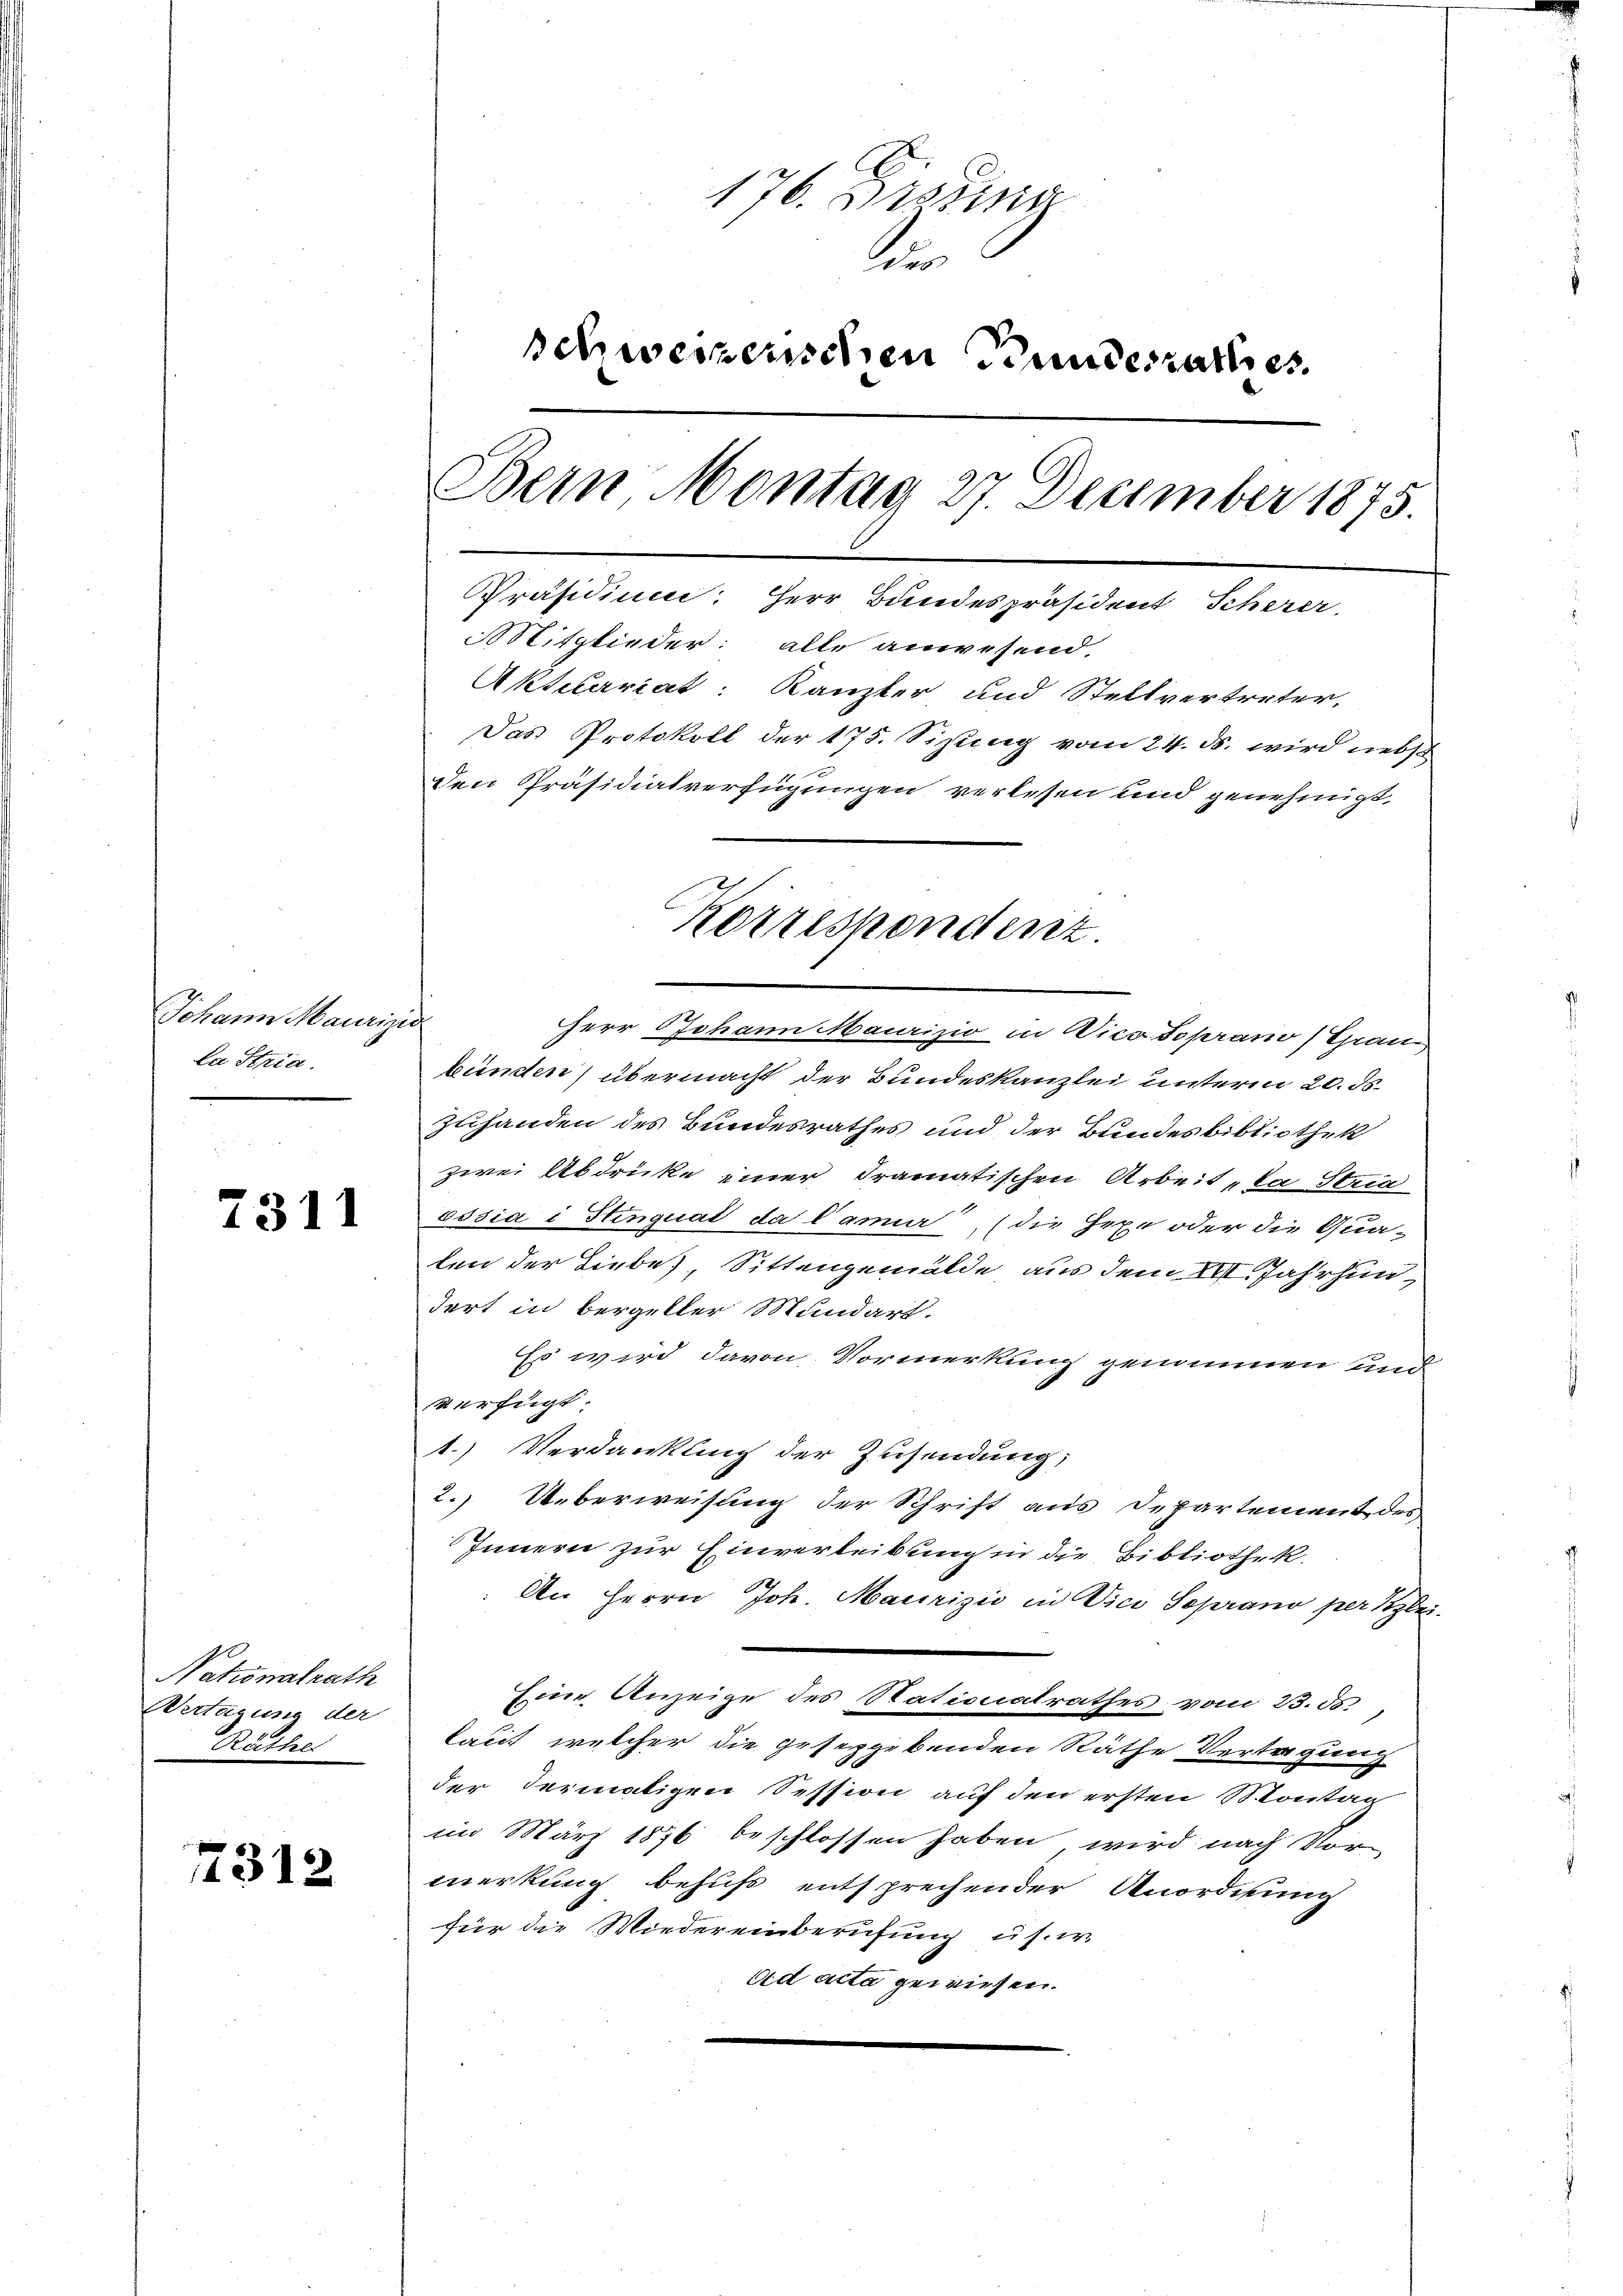
Johann Maurizio
La Stria.

2311

Nationalrath
Vertagung der
Räthe

7312

176. Dissa
di
schweizerischen Bundesrathes.
Bern Montag 27. December 1875.
Präsidium: Herr Bundespräsident Scherer.
Mitglieder: alle anwesend
Aktecariat: Kanzler und Stellvertreter,
Das Protokoll der 175. Sizung vom 24. ds. wird nebst
x
den Präsidiatverfügungen verlesen und genehmigt,

bünden) übermacht der Bundeskanzlei unterm 20. ds.
Zuhanden des Bundesrathes und der Bundesbibliothek
zwei Abdrücke einer dramatischen Arbeit la Stria
sssia i Stinquat da Camia (die Gexe oder die Qua-
ten der Liebes, Sittengemälde aus dem XII Jahrhun
dert in bergeller Mundart.
Es wird davon Vormerkung genommen und
verfügt:
1.) Verdankung der Zusendung,
2. Ueberweisung der Schrift aus Departement des
Innern zur Einverleibung in die Bibliothek.
An Herrn Joh. Maurizio in Vice Seprano per zei
Eine Anzeige des Stationsrathes vom 23. ds.
laut, welcher die gesetzgebenden Räthe Vertragung
der dermaligen Session auf den ersten Montag
im März 1876 beschlossen haben wird nach Vor-
merkung behufs entsprechender Anordnung
für die Wiedereinberufung u. s. w.
Ad acta gewiesen.

Herr Johann Maurizio in Vico soprano (Gran

Korrespendenz